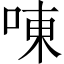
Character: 㖦